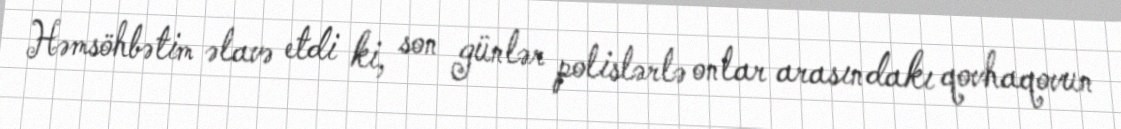
Həmsöhbətim əlavə etdi ki, son günlər polislərlə onlar arasındakı qovhaqovun